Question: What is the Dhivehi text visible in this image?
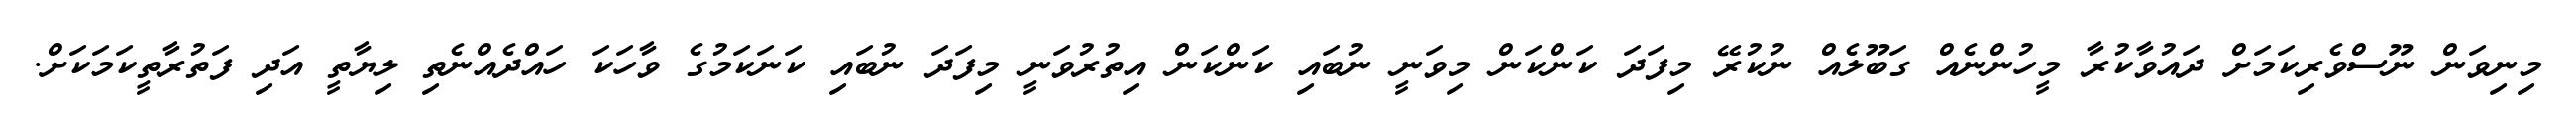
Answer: މިނިވަން ނޫސްވެރިކަމަށް ދައުވާކުރާ މީހުންނެއް ގަބޫލެއް ނުކުރޭ މިފަދަ ކަންކަން މިވަނީ ނުބައި ކަންކަން އިތުރުވަނީ މިފަދަ ނުބައި ކަނަކަމުގެ ވާހަކަ ހައްދެއްނެތި ލިޔާތީ އަދި ފަތުރާތީކަމަކަށް.